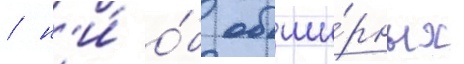
/ н'и́ о́б обши́рных